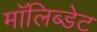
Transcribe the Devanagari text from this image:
मॉलिब्डेट